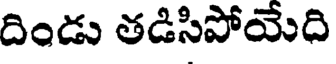
దిండు తడిసిపోయేది